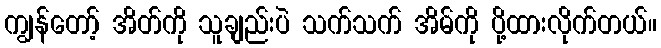
ကျွန်တော့် အိတ်ကို သူချည်းပဲ သက်သက် အိမ်ကို ပို့ထားလိုက်တယ်။